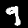
Digit: 9